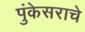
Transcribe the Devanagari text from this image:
पुंकेसराचे